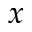
x